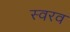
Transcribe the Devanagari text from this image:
स्वरव